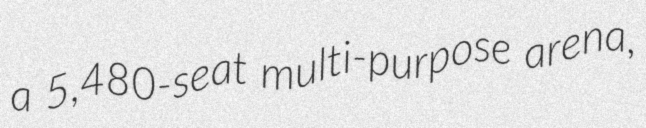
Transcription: a 5,480-seat multi-purpose arena,